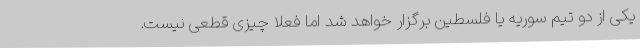
یکی از دو تیم سوریه یا فلسطین برگزار خواهد شد اما فعلا چیزی قطعی نیست.